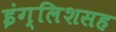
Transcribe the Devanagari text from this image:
इंग्लिशसह